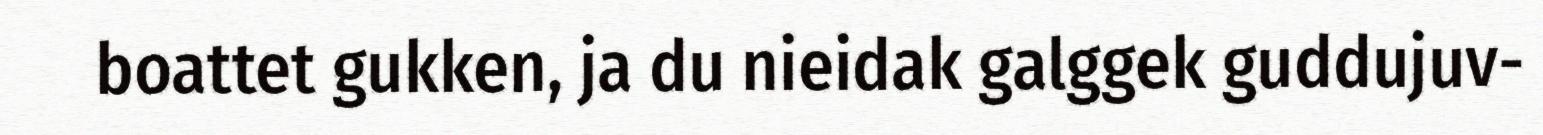
boattet gukken, ja du nieidak galggek guddujuv-